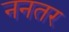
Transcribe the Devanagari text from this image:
ननतर